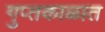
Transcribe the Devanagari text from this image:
गुप्‍तकाळात